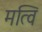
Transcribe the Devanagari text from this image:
मत्वि